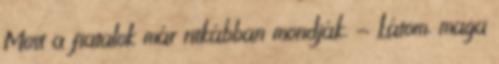
Most a fiatalok már ritkábban mondják. - Látom, maga